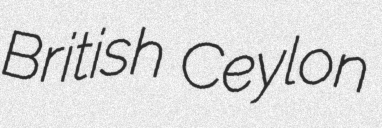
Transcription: British Ceylon